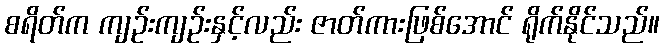
စရိတ်က ကျဉ်းကျဉ်းနှင့်လည်း ဇာတ်ကားဖြစ်အောင် ရိုက်နိုင်သည်။